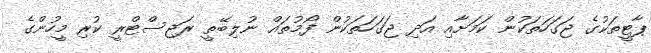
ޕާޓީތަކުގެ ޖަގަހަތަކުން ކަމަށާއި އަދި ޖަގަހަތަކުން ފޯމުތައް ނުލިބޭތީ ރަޖިސްޓްރީ ކުރި މީހުންގެ